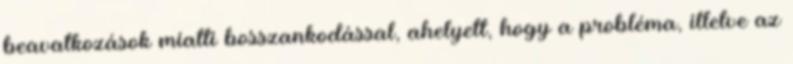
beavatkozások miatti bosszankodással, ahelyett, hogy a probléma, illetve az